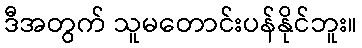
ဒီအတွက် သူမတောင်းပန်နိုင်ဘူး။